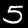
Label: 5